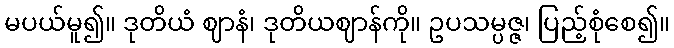
မပယ်မူ၍။ ဒုတိယံ ဈာနံ၊ ဒုတိယဈာန်ကို။ ဥပသမ္ပဇ္ဇ၊ ပြည့်စုံစေ၍။